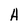
Character: H